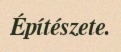
Építészete.